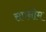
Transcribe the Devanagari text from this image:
सपनोम